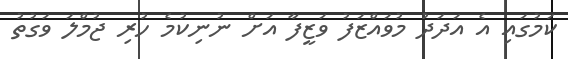
ކަމުގައި އެ އަދަދު މުވައްޒަފު ވަޒީފާ އަށް ނުނިކުމެ ހުރި ޖުމްލަ ވަގުތު